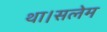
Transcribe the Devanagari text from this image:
था।सलेम